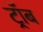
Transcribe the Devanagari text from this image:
ट्रॉब